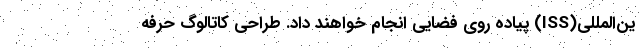
ین‌المللی(ISS) پیاده روی فضایی انجام خواهند داد. طراحی کاتالوگ حرفه